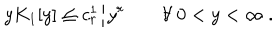
y K _ { 1 } [ y ] \leq c _ { r } ^ { 1 } / y ^ { r } \qquad \forall ~ 0 < y < \infty ~ .